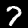
Label: 7